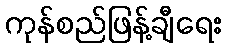
ကုန်စည်ဖြန့်ချီရေး